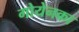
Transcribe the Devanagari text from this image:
गोयेनका